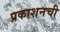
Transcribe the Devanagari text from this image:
प्रकाशनची